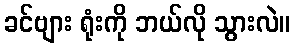
ခင်ဗျား ရုံးကို ဘယ်လို သွားလဲ။